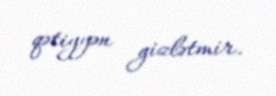
qətiyyən gizlətmir.